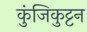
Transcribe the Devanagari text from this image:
कुंजिकुट्टन